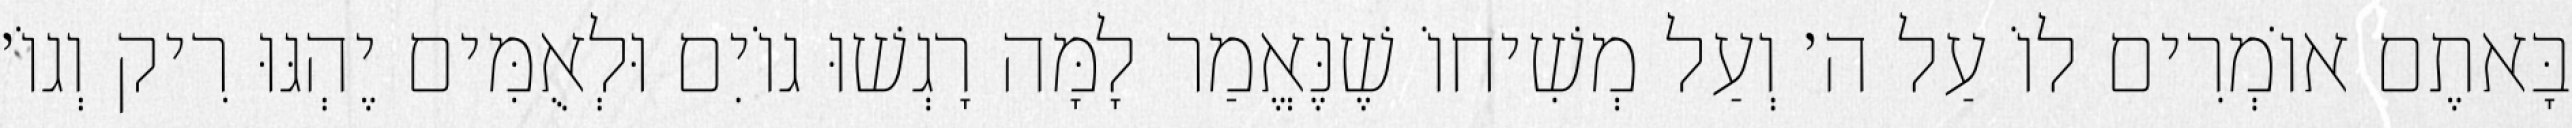
בָּאתֶם אוֹמְרִים לוֹ עַל ה׳ וְעַל מְשִׁיחוֹ שֶׁנֶּאֱמַר לָמָּה רָגְשׁוּ גוֹיִם וּלְאֻמִּים יֶהְגּוּ רִיק וְגוֹ׳